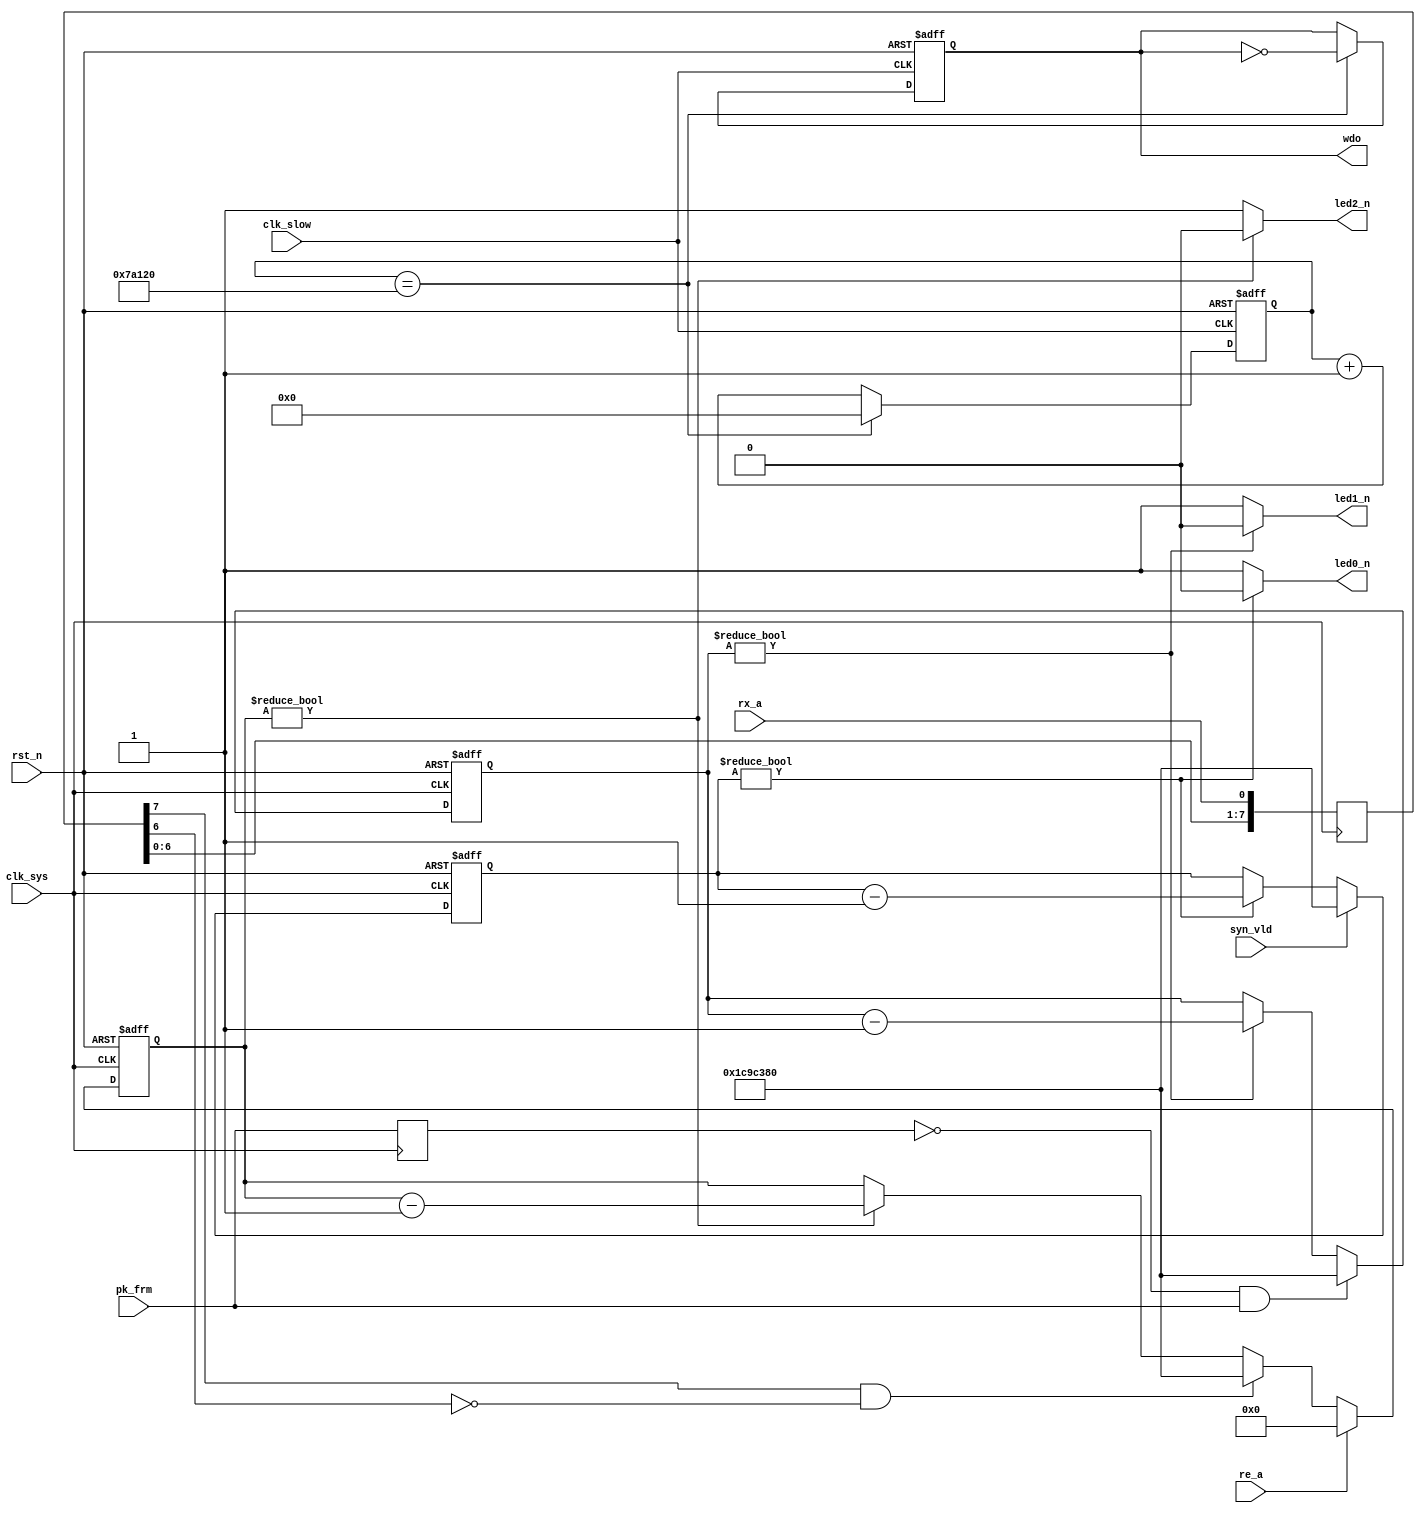
//hmi.v

`define TP_WD 20'd500_000
`define TP_WD_SIM 20'd500

module hmi(
led0_n,
led1_n,
led2_n,
wdo,
syn_vld,
pk_frm,
rx_a,
re_a,
//clk rst
clk_sys,
clk_slow,
rst_n
);
output led0_n;
output led1_n;
output led2_n;
output wdo;
input pk_frm;
input rx_a;
input re_a;
input syn_vld;
//clk rst
input clk_sys;
input clk_slow;
input rst_n;
//---------------------------------------
//---------------------------------------


//----------- led0_n --------------
reg [27:0] cnt_syn;
always @ (posedge clk_sys or negedge rst_n)	begin
	if(~rst_n)
		cnt_syn <= 28'h0;
	else if(syn_vld)
		cnt_syn <= 28'd300_000_00;
	else if(cnt_syn != 28'h0)
		cnt_syn <= cnt_syn - 28'h1;
	else ;
end
wire led0_n = (cnt_syn != 28'h0) ? 1'b0 : 1'b1;


//----------- led1_n --------------
reg pk_frm_reg;
always @ (posedge clk_sys)	pk_frm_reg <= pk_frm;
wire pk_frm_rasing = (~pk_frm_reg) & pk_frm;
reg [27:0] cnt_pkg;
always @ (posedge clk_sys or negedge rst_n)	begin
	if(~rst_n)
		cnt_pkg <= 28'h0;
	else if(pk_frm_rasing)
		cnt_pkg <= 28'd300_000_00;
	else if(cnt_pkg != 28'h0)
		cnt_pkg <= cnt_pkg - 28'h1;
	else ;
end
wire led1_n = (cnt_pkg != 28'h0) ? 1'b0 : 1'b1;


//----------- led2_n --------------
reg [7:0]	rx_a_reg;
always @ (posedge clk_sys)	rx_a_reg <= {rx_a_reg[6:0],rx_a};
wire rx_a_falling = (rx_a_reg[7]) & (~rx_a_reg[6]);
reg [27:0] cnt_rxa;
always @ (posedge clk_sys or negedge rst_n)	begin
	if(~rst_n)
		cnt_rxa <= 28'h0;
	else if(re_a)
		cnt_rxa <= 28'h0;
	else if(rx_a_falling)
		cnt_rxa <= 28'd300_000_00;
	else if(cnt_rxa != 28'h0)
		cnt_rxa <= cnt_rxa - 28'h1;
	else ;
end
wire led2_n = (cnt_rxa != 28'h0) ? 1'b0 : 1'b1;


//----------- w dog output for STM32 --------
reg [19:0] cnt_us;
always @ (posedge clk_slow or negedge rst_n)	begin
	if(~rst_n)
		cnt_us <= 20'h0;
`ifdef SIM
	else if(cnt_us == `TP_WD_SIM)
`else 
	else if(cnt_us == `TP_WD)
`endif
		cnt_us <= 20'h0;
	else 
		cnt_us <= cnt_us + 20'h1;
end
reg wdo;
always @ (posedge clk_slow or negedge rst_n)	begin
	if(~rst_n)
		wdo <= 1'b1;
`ifdef SIM
	else if(cnt_us == `TP_WD_SIM)
`else 
	else if(cnt_us == `TP_WD)
`endif
		wdo <= ~wdo;
	else ;
end



endmodule